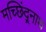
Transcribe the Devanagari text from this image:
मच्छिंद्र्नाथ